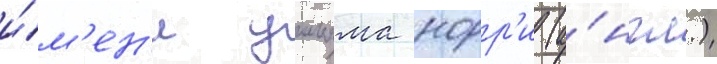
и́м'ен'и уильяма норр'и (а́нгл.)